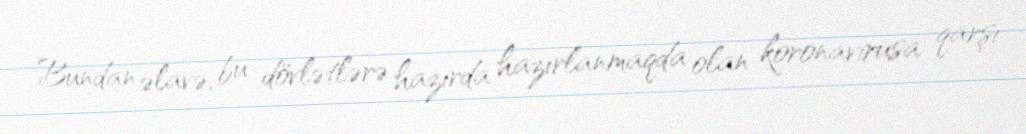
Bundan əlavə, bu dövlətlərə hazırda hazırlanmaqda olan koronavirusa qarşı